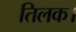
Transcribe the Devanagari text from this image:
तिलक।